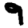
Digit: 9